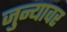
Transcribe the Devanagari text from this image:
जुन्यावर